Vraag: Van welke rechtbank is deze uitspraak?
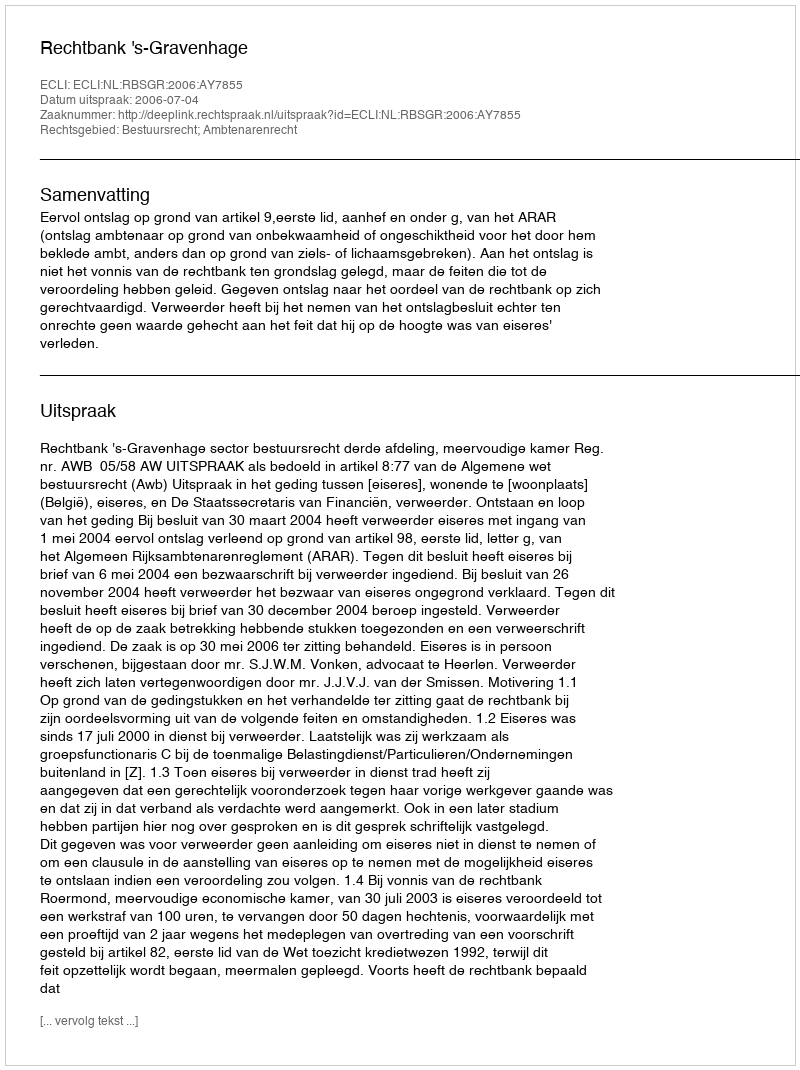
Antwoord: Rechtbank 's-Gravenhage